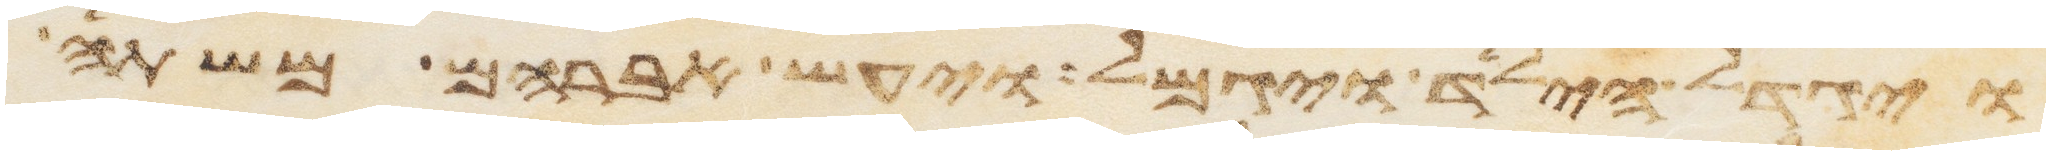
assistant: ויגדל הילד ויגמל ויעש אברהם משתה